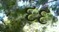
દદ